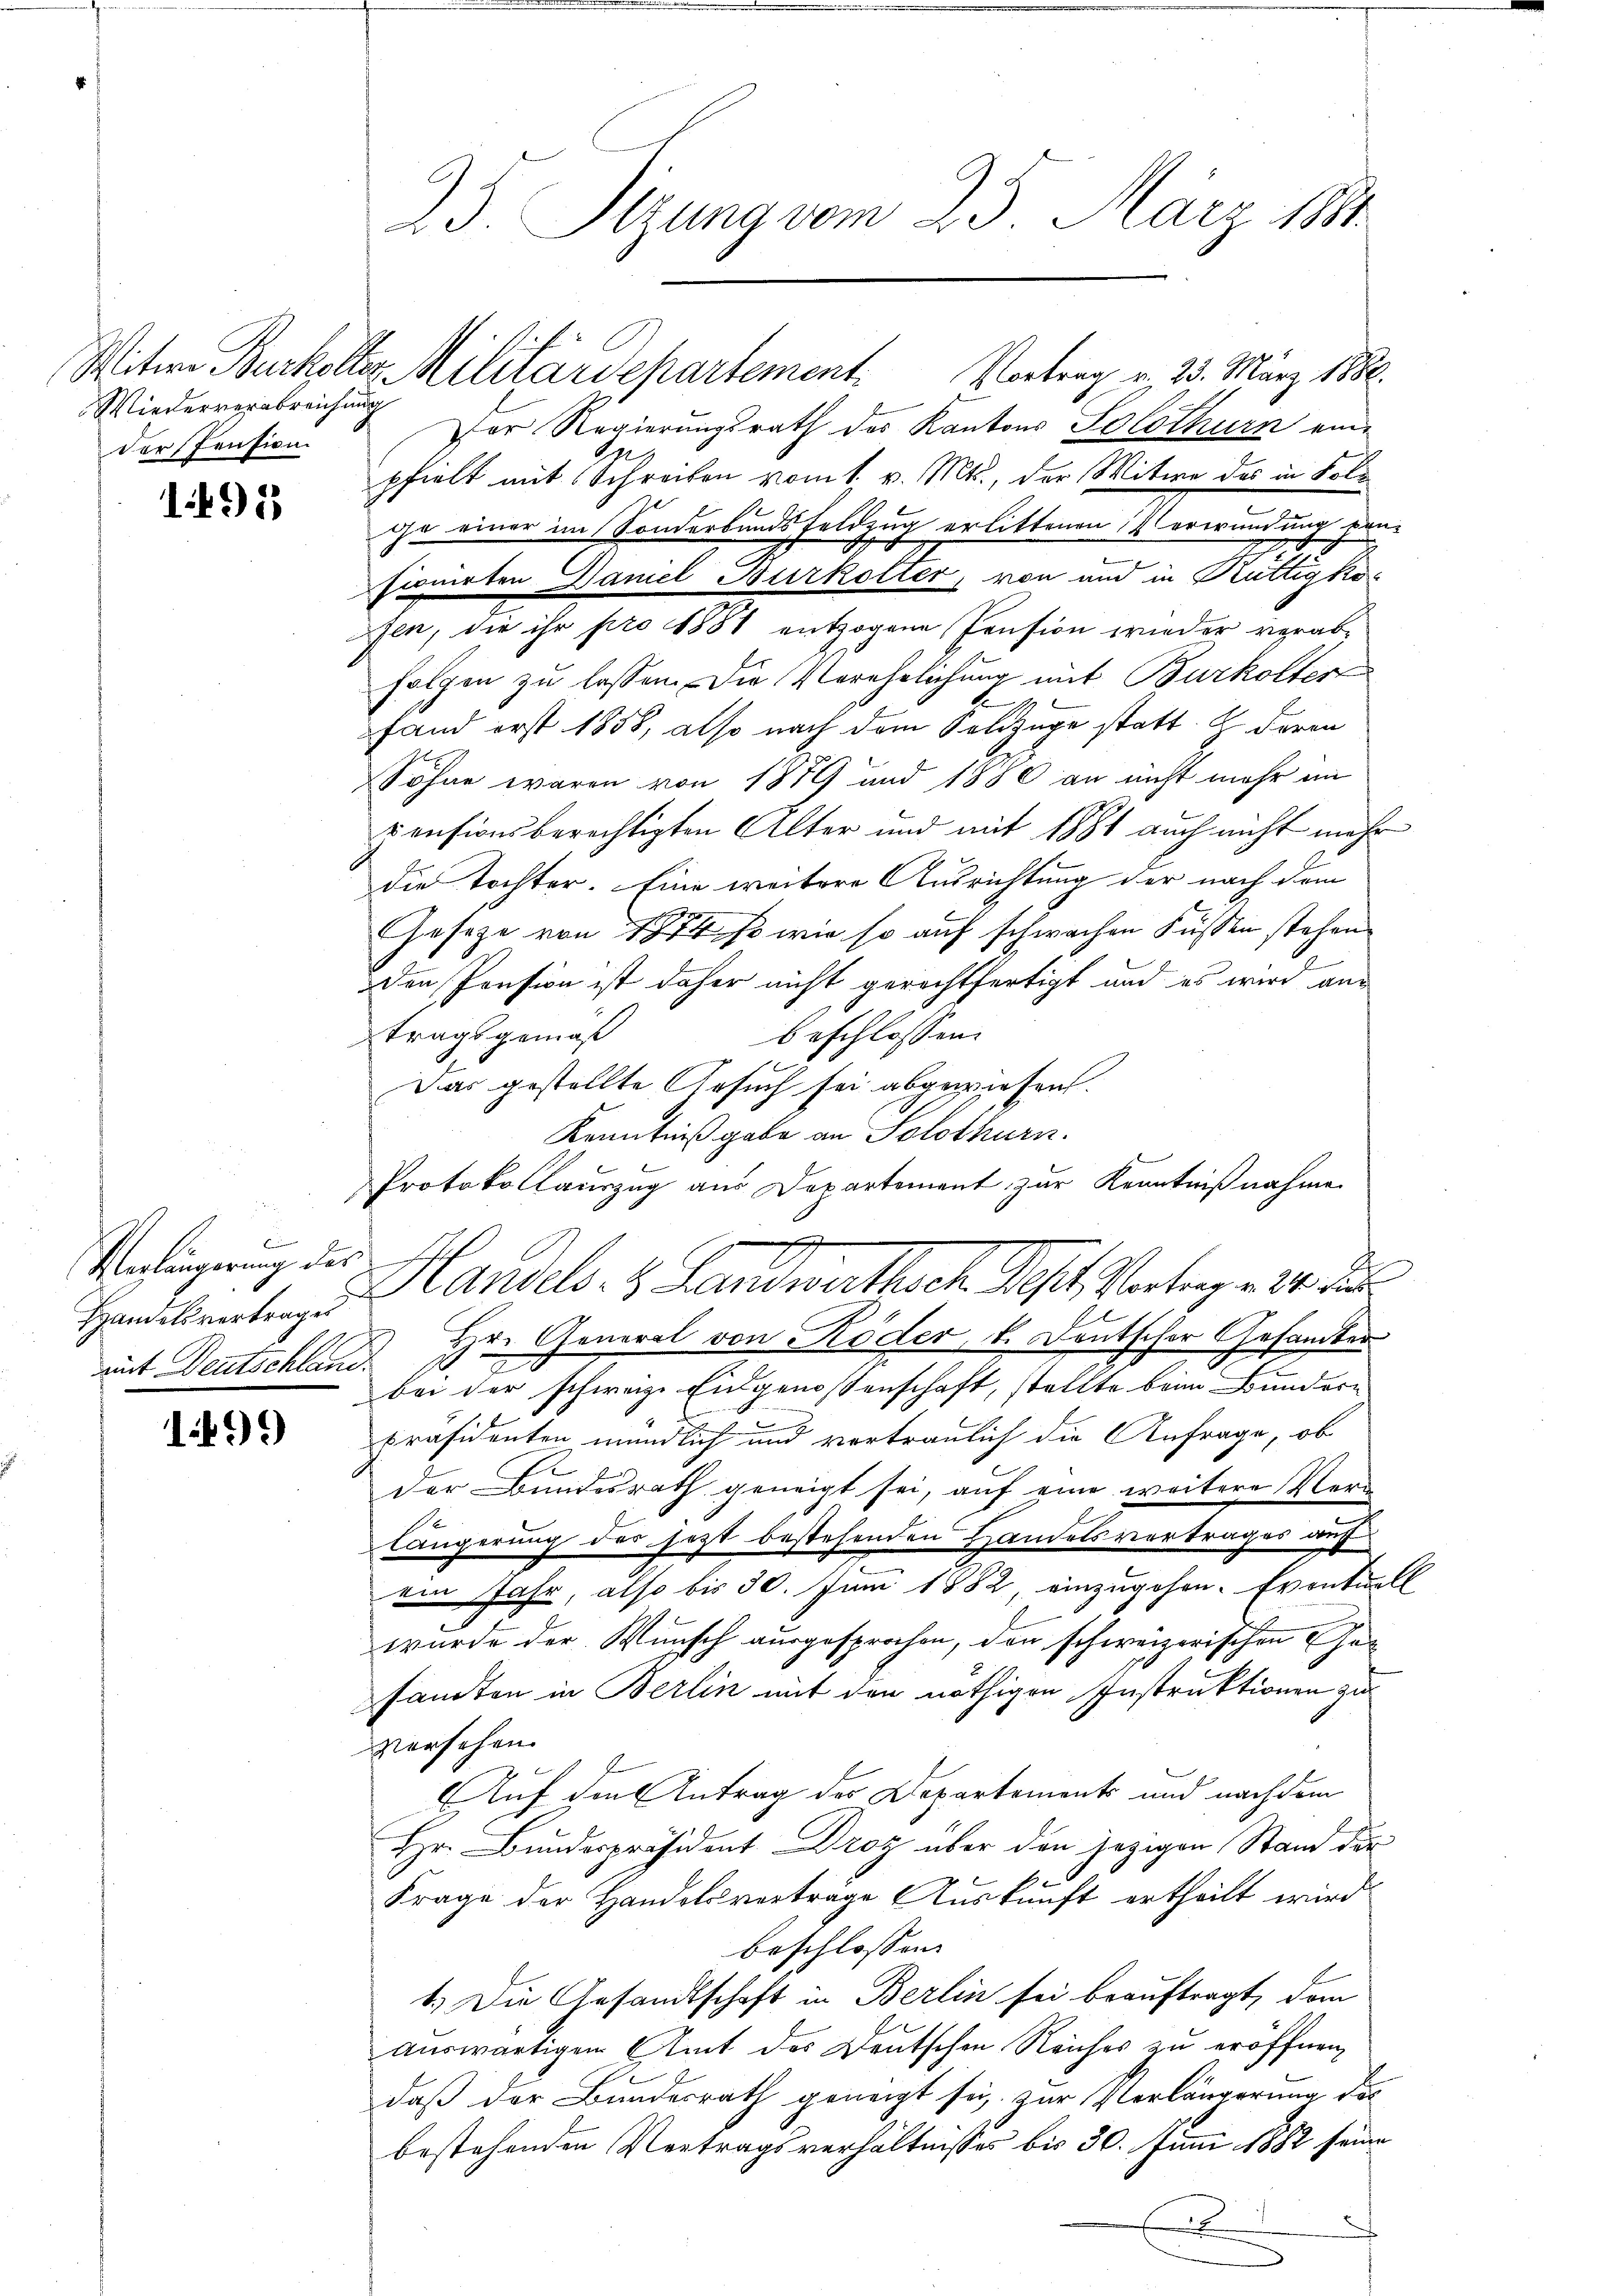
Wiederverabreichung
der Pension.

1491

Unlängerung des I
Handelsvertrages
mit Deutschland.

1499

23. Sitzung vom 23. März 1884.

Witwe Burholter Militärdepartement. Vortrag v. 23. März 1888.
Dor Regierungsrath des Kantons Solothurn ein-
pfielt mit Schreiben vom 1. v. Mts., der Witwe des in Folge einer im Sonderbandsfeldzug erlittenen Verwundung hinfionirten Damel Burkolter, von und in Kuttigke
ezen, die ihr pro 1881 entzogene Pension wieder verab¬
Folgen zu lassen. Die Verehelichung mit Burkostert
fand erst 1858, also nach dem Soldzüge statt. G. deren
Söhne waren von 1879 und 1880 an nicht mehr im
censionsberechtigten Alter und mit 1881 auch nicht mehr
die Tochter. Eine weitere Ausrichtung der nach dem
Geseze von 1874 so wie so auf schwachen Füssen stehen
den Pension ist daher nicht gerechtfertigt und es wird aus
beschlossen:
tragsgemäß
0 f 4 x
Das gestellte Ersuch sei abgewiesen.
Kenntniß gabe an Solothurn.
6
Protokollauszug aus Departement zur Kenntnißnahme
Hr. General von Köder, v. Deutscher Gesandter
bei der schweiz. Eidgenossenschaft, stellte beim Bundern
Präsidenten mündlich und vertraulich die Anfrage, ob
der Bundesrath geneigt sei, auf eine weitere Verlängerung der jetzt bestehenden Handelsvertrages auf
ein Jahr, also bis 30. Juni 1882, einzugehen. Eventuell
wurde der Wunsch ausgesprochen, den schweizerischen hasanten in Berlin mit den nöthigen Instruktionen zu
versehen.
Auf den Antrag des Departements und nachdem
Hr. Bunderpräsident Droz über den jezigen Stand der
Frage der Handelsverträge Auskunft ertheilt wird
beschlossen
1.) Die Gesandtschaft in Berlin sei beauftragt, dem
auswärtigen Amt des Deutschen Reiches zu eröffnen,
daß der Bundesrath geneigt sei, zur Verlängerung des
bestehenden Vertragsverhältnisses bis 30. Juni 1882 seine
.

x
2 Landels- & Landwirthsch. Sept. Vortrag v. 24. Ju